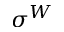
\sigma ^ { W }